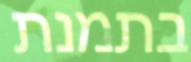
בתמנת